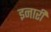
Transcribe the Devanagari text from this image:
इनारी